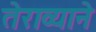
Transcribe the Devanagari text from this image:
तेराव्याने